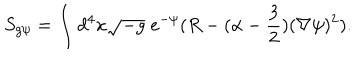
S _ { g \psi } = \int d ^ { 4 } x \sqrt { - g } \; e ^ { - \psi } ( R - ( \alpha - \frac { 3 } { 2 } ) ( \nabla \psi ) ^ { 2 } ) .